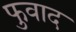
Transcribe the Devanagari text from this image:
फुवाद